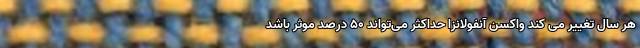
هر سال تغییر می کند واکسن آنفولانزا حداکثر می‌تواند 50 درصد موثر باشد